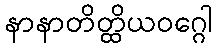
နာနာတိတ္ထိယဝဂ္ဂေါ